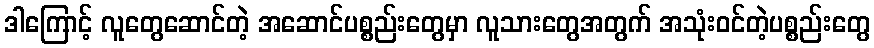
ဒါကြောင့် လူတွေဆောင်တဲ့ အဆောင်ပစ္စည်းတွေမှာ လူသားတွေအတွက် အသုံးဝင်တဲ့ပစ္စည်းတွေ